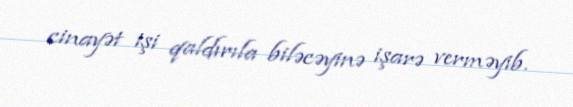
cinayət işi qaldırıla biləcəyinə işarə verməyib.